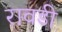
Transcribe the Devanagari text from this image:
रावडी